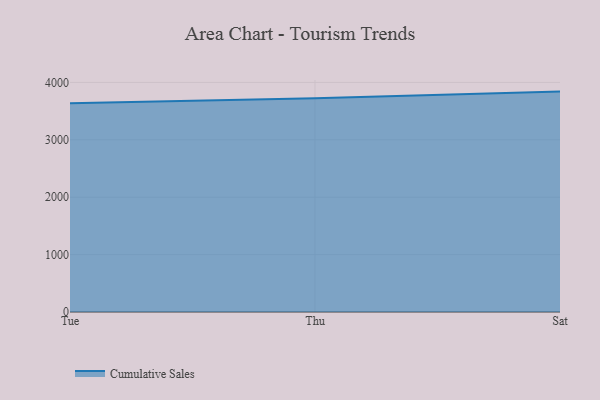
{"axis": {"x": "Day", "y": "Population (Million)"}, "legend": ["Cumulative Sales"], "data": [{"x": "Tue", "y": 3638.6, "type": "Cumulative Sales"}, {"x": "Thu", "y": 3726.0, "type": "Cumulative Sales"}, {"x": "Sat", "y": 3840.0, "type": "Cumulative Sales"}]}